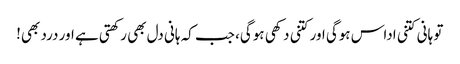
تو ہانی کتنی اداس ہوگی اور کتنی دکھی ہوگی، جب کہ ہانی دل بھی رکھتی ہے اور درد بھی!